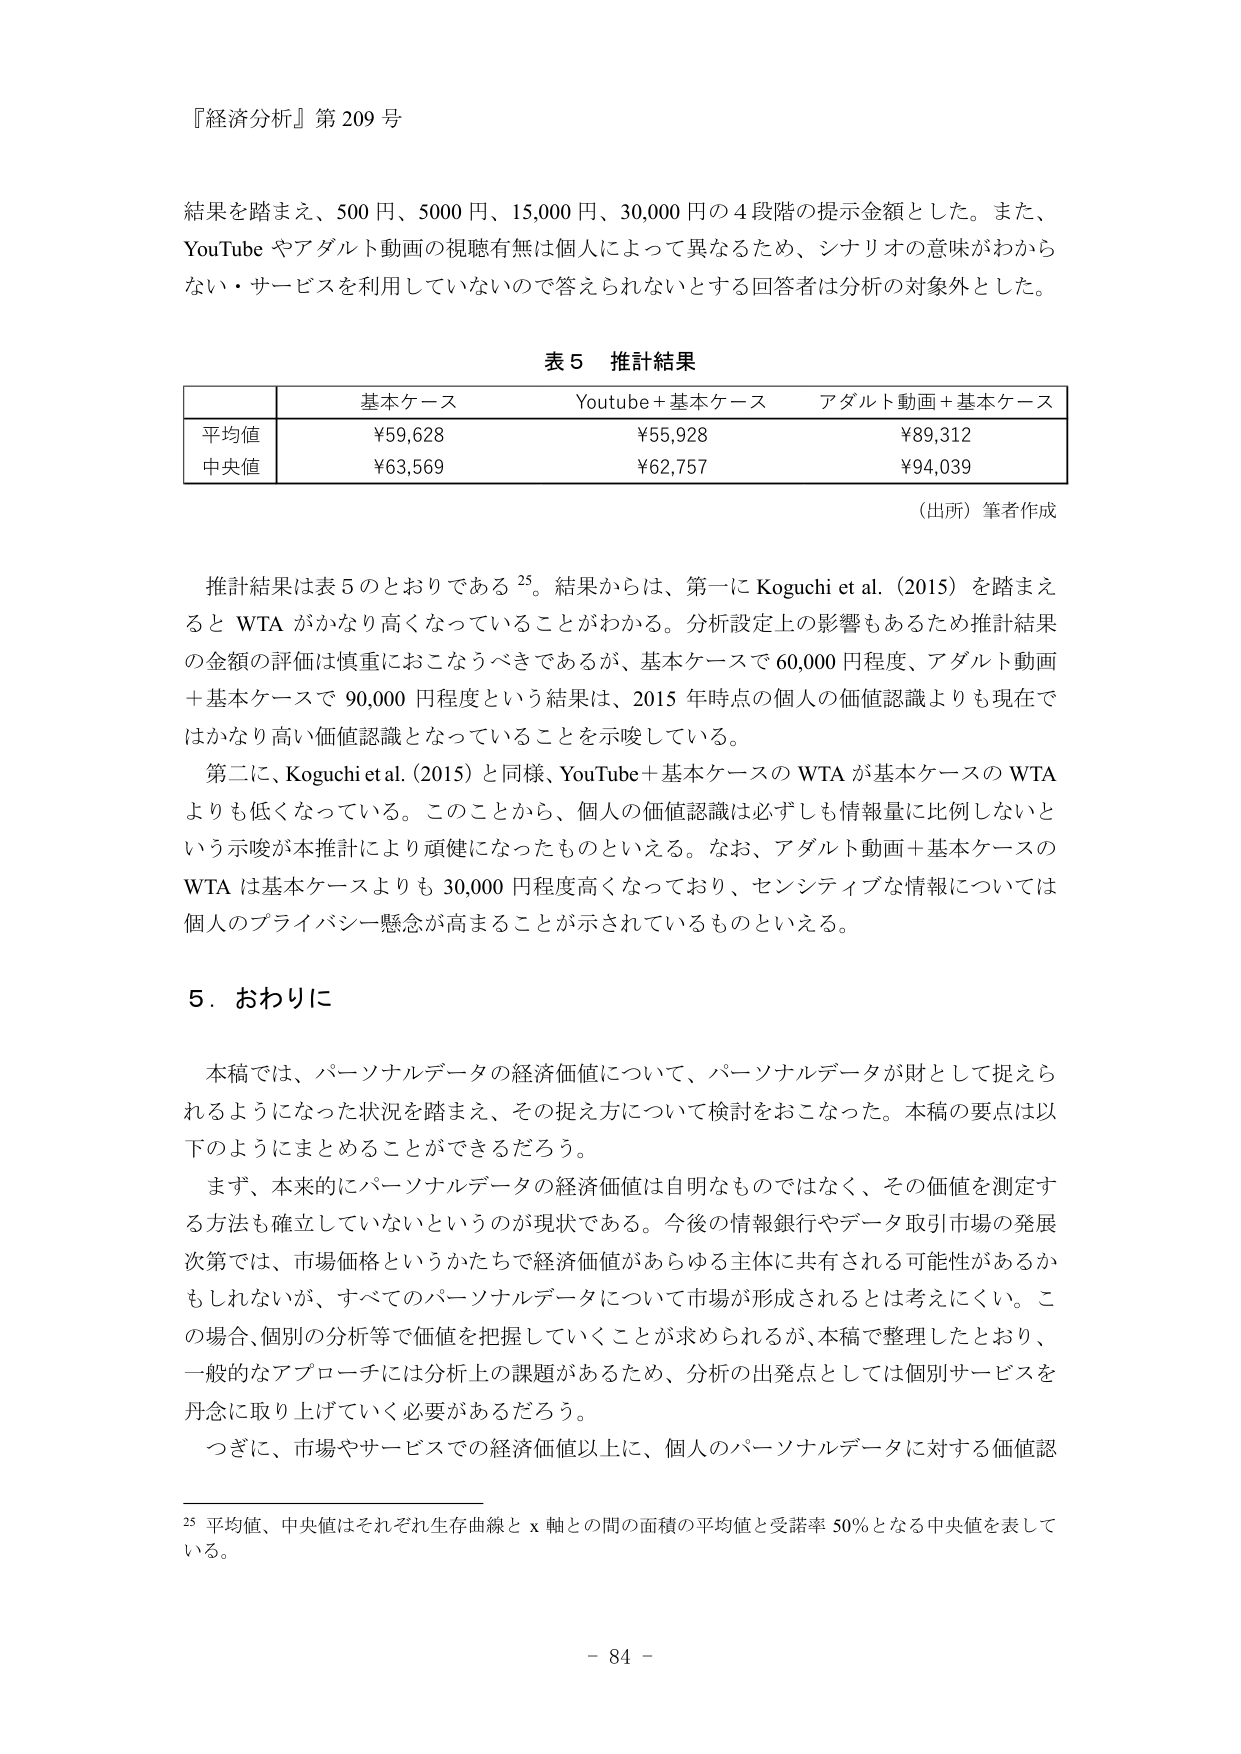
『経済分析』第209号

結果を踏まえ、500円、5000円、15,000円、30,000円の4段階の提示金額とした。また、YouTubeやアダルト動画の視聴有無は個人によって異なるため、シナリオの意味がわからない・サービスを利用していないので答えられないとする回答者は分析の対象外とした。

表5 推計結果

| | 基本ケース | Youtube＋基本ケース | アダルト動画＋基本ケース |
|---|---|---|---|
| 平均値 | ¥59,628 | ¥55,928 | ¥89,312 |
| 中央値 | ¥63,569 | ¥62,757 | ¥94,039 |

（出所）筆者作成

推計結果は表5のとおりである25。結果からは、第一にKoguchi et al.（2015）を踏まえるとWTAがかなり高くなっていることがわかる。分析設定上の影響もあるため推計結果の金額の評価は慎重におこなうべきであるが、基本ケースで60,000円程度、アダルト動画＋基本ケースで90,000円程度という結果は、2015年時点の個人の価値認識よりも現在ではかなり高い価値認識となっていることを示唆している。

第二に、Koguchi et al.（2015）と同様、YouTube＋基本ケースのWTAが基本ケースのWTAよりも低くなっている。このことから、個人の価値認識は必ずしも情報量に比例しないという示唆が本推計により頑健になったものといえる。なお、アダルト動画＋基本ケースのWTAは基本ケースよりも30,000円程度高くなっており、センシティブな情報については個人のプライバシー懸念が高まることが示されているものといえる。

5．おわりに

本稿では、パーソナルデータの経済価値について、パーソナルデータが財として捉えられるようになった状況を踏まえ、その捉え方について検討をおこなった。本稿の要点は以下のようにまとめることができるだろう。

まず、本来的にパーソナルデータの経済価値は自明なものではなく、その価値を測定する方法も確立していないというのが現状である。今後の情報銀行やデータ取引市場の発展次第では、市場価格というかたちで経済価値があらゆる主体に共有される可能性があるかもしれないが、すべてのパーソナルデータについて市場が形成されるとは考えにくい。この場合、個別の分析等で価値を把握していくことが求められるが、本稿で整理したとおり、一般的なアプローチには分析上の課題があるため、分析の出発点としては個別サービスを丹念に取り上げていく必要があるだろう。

つぎに、市場やサービスでの経済価値以上に、個人のパーソナルデータに対する価値認

25 平均値、中央値はそれぞれ生存曲線とx軸との間の面積の平均値と受諾率50％となる中央値を表している。

- 84 -